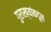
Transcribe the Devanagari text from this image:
गुराख्यांकडून